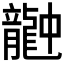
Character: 𪚚